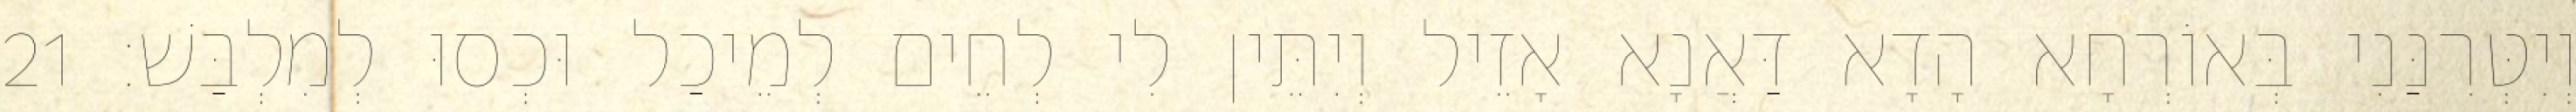
וְיִטְּרִנַּנִי בְּאוֹרְחָא הָדָא דַּאֲנָא אָזֵיל וְיִתֵּין לִי לְחֵים לְמֵיכַל וּכְסוּ לְמִלְבַּשׁ׃ 21